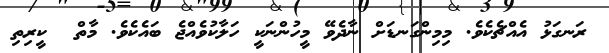
ރަނގަޅު އެއްޗެކެވެ. މިމިންގަނޑަށް ނާދެވޭ މީހުންނަކީ ހަލާކުވެއްޖެ ބައެކެވެ. މާތް  ކީރިތި